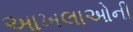
આખલાઓની